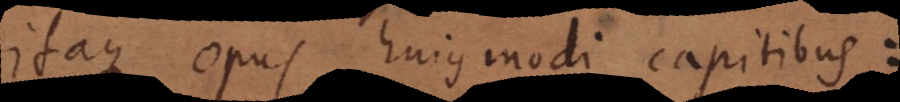
Itaque opus hujusmodi capitibus: